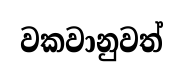
වකවානුවත්